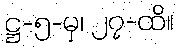
ဋ္ဌ-၅-မှ၊ ၂၇-ထိ။